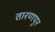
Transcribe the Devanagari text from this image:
तारणपुर